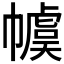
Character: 𪩽